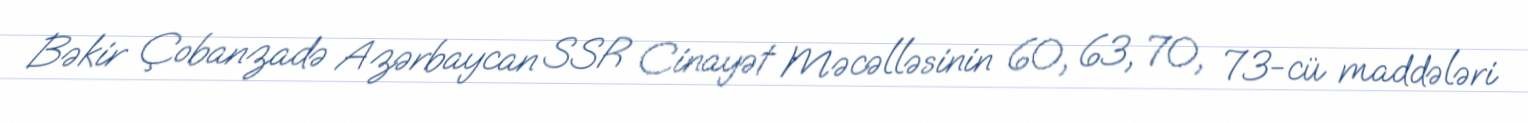
Bəkir Çobanzadə Azərbaycan SSR Cinayət Məcəlləsinin 60, 63, 70, 73-cü maddələri